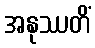
အနုဿတိံ